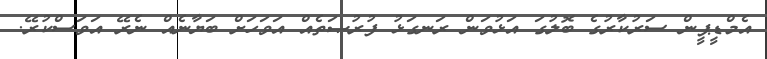
އެމްޑީޕީން ސަރުކާރުގެ ބޮލުގަ އަޅުވަން ރަނގަޅު ފުރުޞަތެއް އަވަހަށް ބަޔާނެއް ނެރޭ އަވަސްކުރޭ.